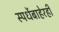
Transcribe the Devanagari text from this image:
स्पर्धेबाहेरही